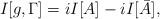
LaTeX: \begin{align*}I[g,\Gamma] = i I[A]- i I[\bar A],\end{align*}